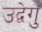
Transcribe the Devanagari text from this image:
उद्वेगु